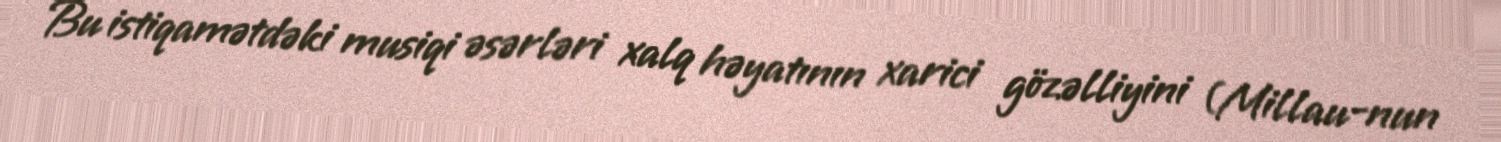
Bu istiqamətdəki musiqi əsərləri xalq həyatının xarici gözəlliyini (Millau-nun